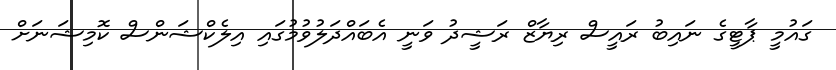
ގައުމީ ޕާޓީގެ ނައިބު ރައީސް ރިޔާޒް ރަޝީދު ވަނީ އެބައްދަލުވުމުގައި އިލެކްޝަންސް ކޮމިޝަނަށް